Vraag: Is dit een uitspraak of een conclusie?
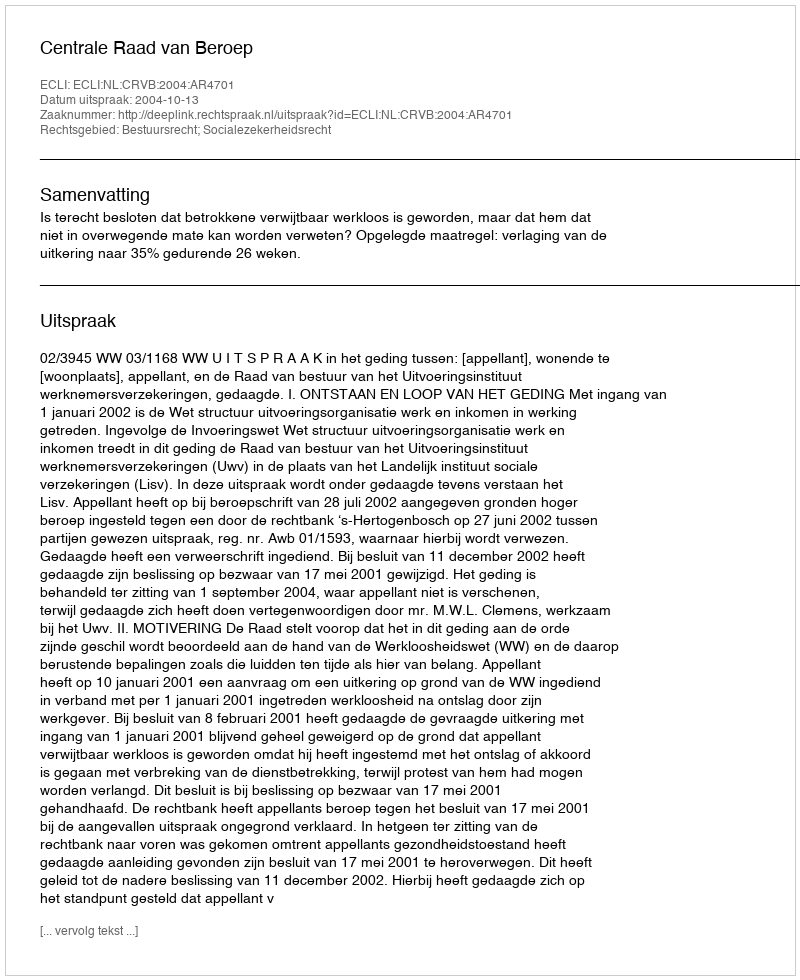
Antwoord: Uitspraak